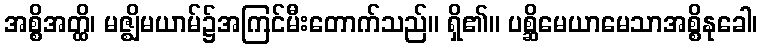
အစ္စိအတ္ထိ၊ မဇ္ဈိမယာမ်၌အကြင်မီးတောက်သည်။ ရှိ၏။ ပစ္ဆိမေယာမေသာအစ္စိနုခေါ၊